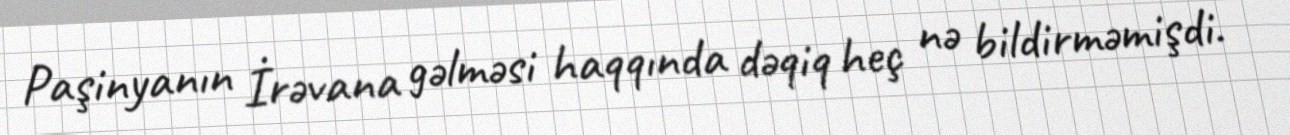
Paşinyanın İrəvana gəlməsi haqqında dəqiq heç nə bildirməmişdi.